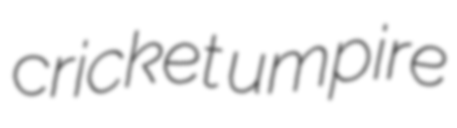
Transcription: cricket umpire